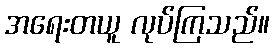
အရေးတယူ လုပ်ကြသည်။